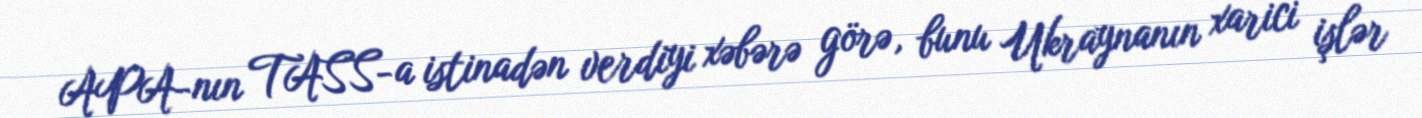
APA-nın TASS-a istinadən verdiyi xəbərə görə, bunu Ukraynanın xarici işlər